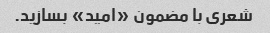
شعری با مضمون «امید» بسازید.